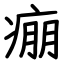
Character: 痭